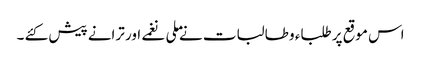
اس موقع پر طلباء و طالبات نے ملی نغمے اور ترانے پیش کئے ۔